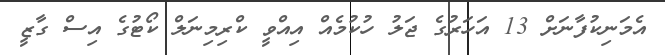
އެމަނިކުފާނަށް 13 އަހަރުގެ ޖަލު ހުކުމެއް އިއްވީ ކްރިމިނަލް ކޯޓުގެ އިސް ގާޒީ